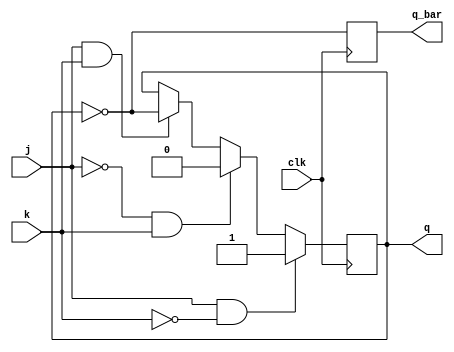
module jk_flipflop (
    input wire clk, // Clock signal
    input wire j, // J input
    input wire k, // K input
    output reg q, // Q output
    output reg q_bar // Q bar output
);

always @(posedge clk) begin
    if (j & ~k)
        q <= 1;
    else if (~j & k)
        q <= 0;
    else if (j & k)
        q <= ~q;
    // else do nothing when both J and K are low (hold state)
    
    q_bar <= ~q;
end

endmodule